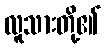
လူသားတို့၏